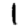
Digit: 1